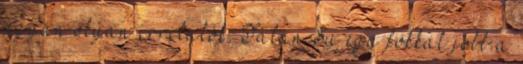
ugyan olyan irritálók. Talán Su egy fokkal jobb a